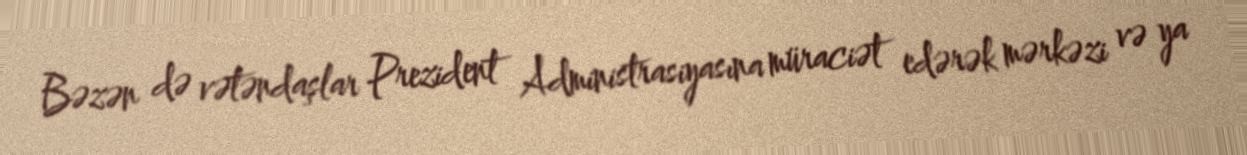
Bəzən də vətəndaşlar Prezident Administrasiyasına müraciət edərək mərkəzi və ya